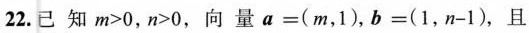
22. 已知$$m > 0$$，$$n > 0$$，向量 $$a = ( m ，1 )$$，$$b = ( 1 ，n - 1 )$$，且